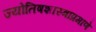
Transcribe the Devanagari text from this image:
ज्योतिषशास्त्राप्रमाणे